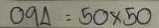
094 = 50 x 50